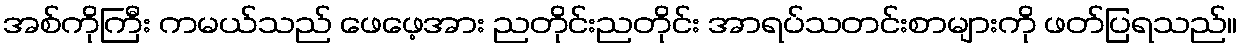
အစ်ကိုကြီး ကမယ်သည် ဖေဖေ့အား ညတိုင်းညတိုင်း အာရပ်သတင်းစာများကို ဖတ်ပြရသည်။